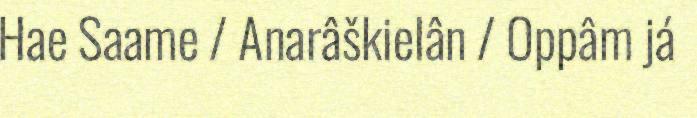
Hae Saame / Anarâškielân / Oppâm já